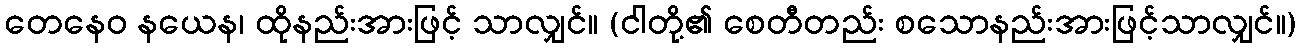
တေနေဝ နယေန၊ ထိုနည်းအားဖြင့် သာလျှင်။ (ငါတို့၏ စေတီတည်း စသောနည်းအားဖြင့်သာလျှင်။)